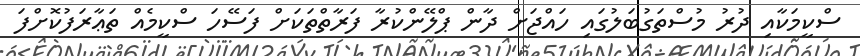
ސްކީމަކާއި ދުރު މުސްތަގުބަލުގައި ހައްޖަށް ދާން ޕްލޭންކުރާ ފަރާތްތަކަށް ފަސޭހަ ސްކީމެއް ތަޢާރަފުކޮށްފަ